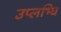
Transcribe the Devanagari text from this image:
उप्लभ्धि